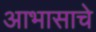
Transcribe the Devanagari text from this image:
आभासाचे